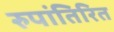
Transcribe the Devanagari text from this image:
रुपांतिरित